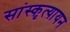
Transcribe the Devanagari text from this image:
सांस्कृत्यायन